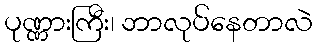
ပုဏ္ဏားကြီး၊ ဘာလုပ်နေတာလဲ